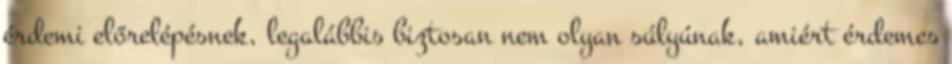
érdemi előrelépésnek, legalábbis biztosan nem olyan súlyúnak, amiért érdemes